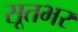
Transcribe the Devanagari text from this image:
सूतभर